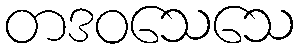
တဒဝသေသေ